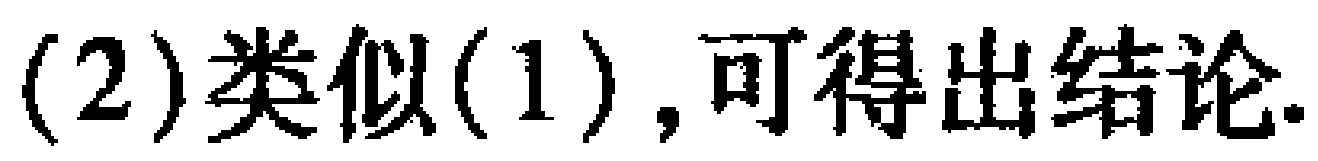
(2)类似(1),可得出结论.